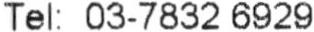
TEL: 03-7832 6929